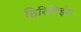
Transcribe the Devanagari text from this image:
हिरिटिईरा